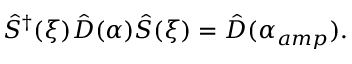
\hat { S } ^ { \dagger } ( \xi ) \hat { D } ( \alpha ) \hat { S } ( \xi ) = \hat { D } ( \alpha _ { a m p } ) .